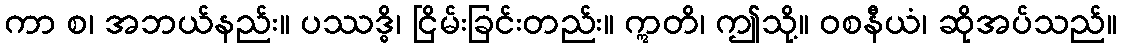
ကာ စ၊ အဘယ်နည်း။ ပဿဒ္ဓိ၊ ငြိမ်းခြင်းတည်း။ ဣတိ၊ ဤသို့။ ဝစနီယံ၊ ဆိုအပ်သည်။